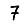
Digit: 7